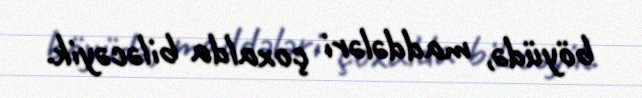
böyüdə, maddələri çoxalda biləcəyik.